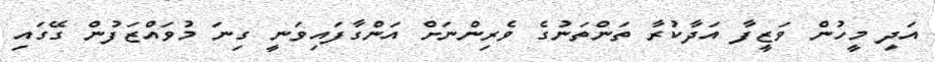
އަދި މީހުން ވަޒީފާ އަދާކުރާ ތަންތަނުގެ ވެރިންނަށް އަންގާފައިވަނީ ގިނަ މުވައްޒަފުން ގޭގައި